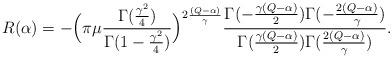
LaTeX: \begin{align*} R(\alpha)=-\Big(\pi \mu \frac{\Gamma(\frac{\gamma^2}{4})}{\Gamma(1-\frac{\gamma^2}{4})}\Big)^{2\frac{(Q-\alpha)}{\gamma}}\frac{\Gamma(-\frac{\gamma(Q-\alpha)}{2})\Gamma(-\frac{2(Q-\alpha)}{\gamma})}{\Gamma(\frac{\gamma(Q-\alpha)}{2})\Gamma(\frac{2(Q-\alpha)}{\gamma})}.\end{align*}